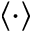
\left\langle \cdot \right\rangle